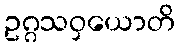
ဥဂ္ဂသဝှယောတိ